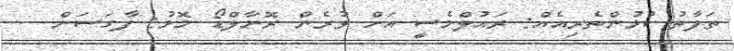
ތަފާތު ކުޅުންތެރިއެއް: ރައުލްމެސީ އަށް ވުރެން ރޮނާލްޑޯ މޮޅު: ފާގަސަން